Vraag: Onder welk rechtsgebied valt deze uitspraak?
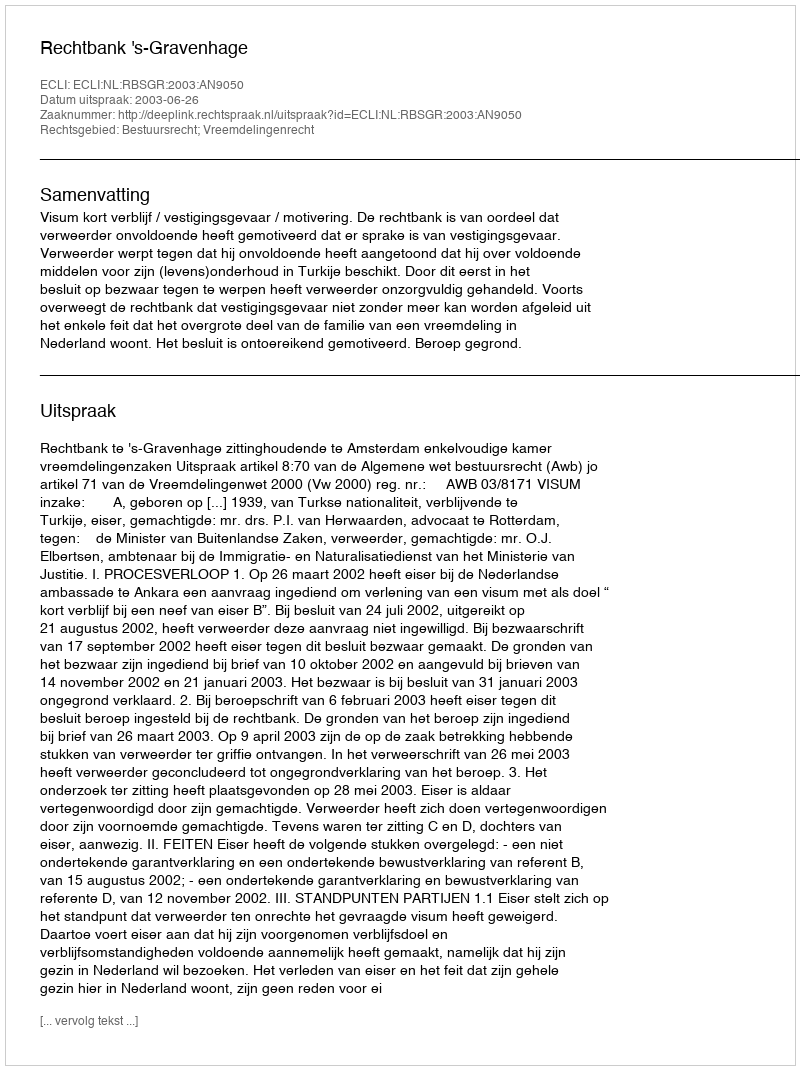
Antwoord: Bestuursrecht; Vreemdelingenrecht